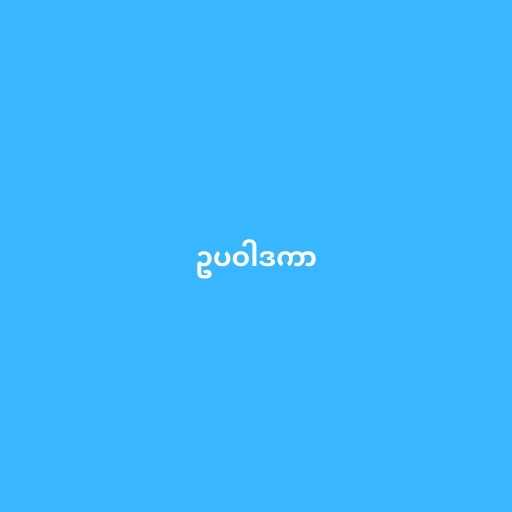
ဥပဝါဒကာ